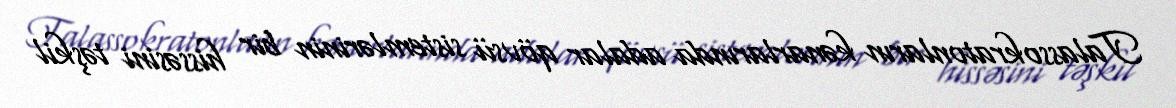
Talassokratonların kənarlarında adalar qövsü sistemlərinin bir hissəsini təşkil